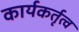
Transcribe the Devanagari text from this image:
कार्यकर्तृत्व